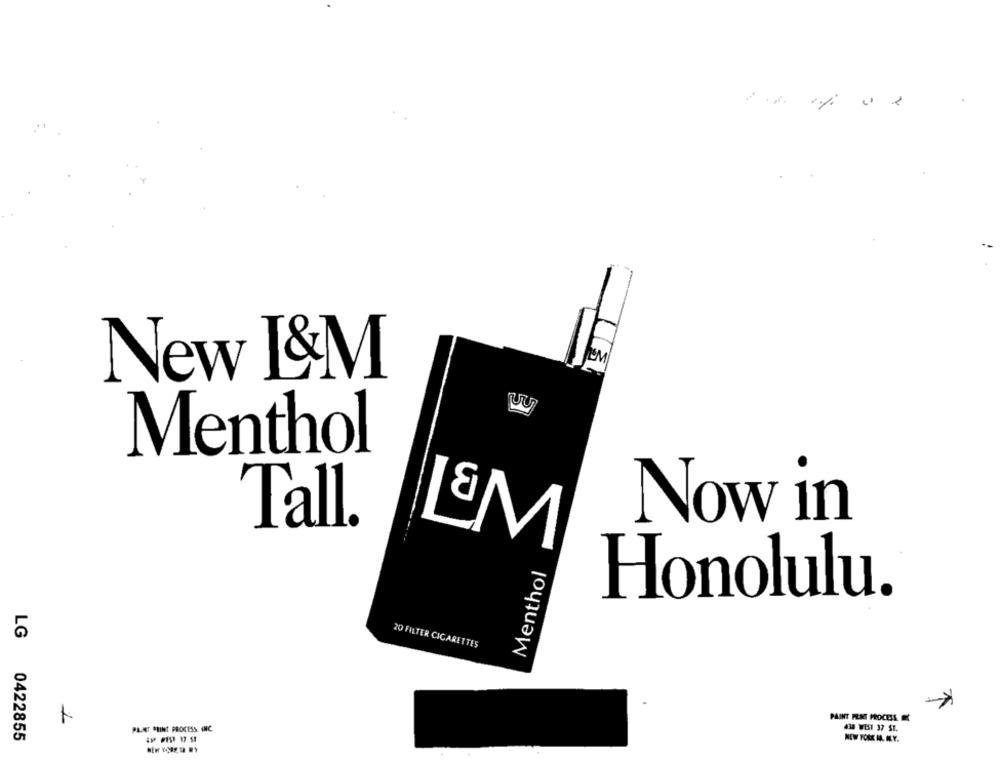
New I&M
Menthol
Tall.
Now in
L&M
Menthol
Honolulu.
20 FILTER CIGARETTES
-
PAINT PENT PROCESS
Par ChiNet PROCESS, INC.
434 WEST 37 ST.
LG 0422855
MEW FORK ML. N.Y.